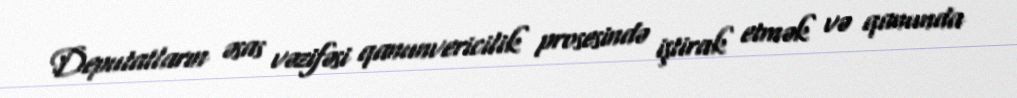
Deputatların əsas vəzifəsi qanunvericilik prosesində iştirak etmək və qanunda